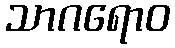
သာဂရောဝ